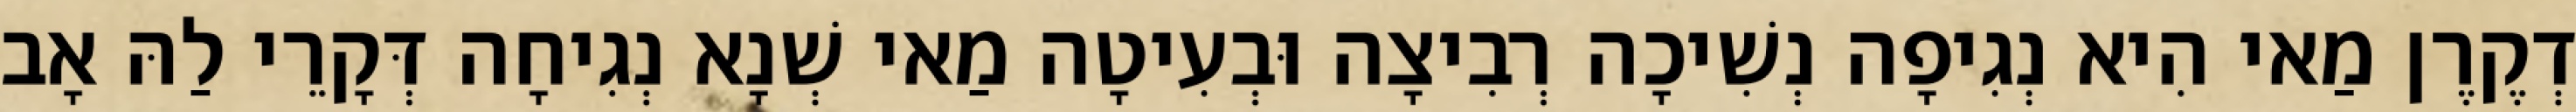
דְקֶרֶן מַאי הִיא נְגִיפָה נְשִׁיכָה רְבִיצָה וּבְעִיטָה מַאי שְׁנָא נְגִיחָה דְּקָרֵי לַהּ אָב